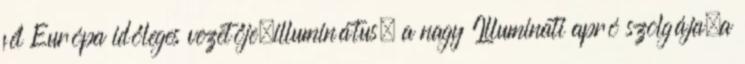
fél Európa időleges vezetője,illuminátus, a nagy Illuminati apró szolgája,a